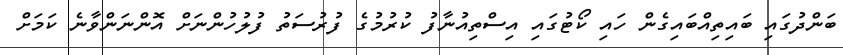
ބަންދުގައި ބައިތިއްބައިގެން ހައި ކޯޓުގައި އިސްތިއުނާފު ކުރުމުގެ ފުރުސަތު ފުލުހުންނަށް އޮންނަންވާނެ ކަމަށް